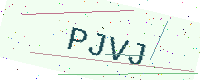
Text: PJVJ